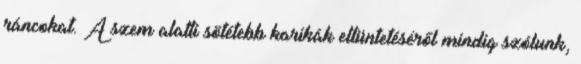
ráncokat. A szem alatti sötétebb karikák eltüntetéséről mindig szólunk,